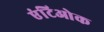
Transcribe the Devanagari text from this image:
एंटिओक